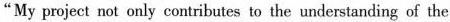
“My poject not only coatributes to the understanding of the